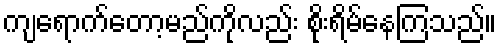
ကျရောက်တော့မည်ကိုလည်း စိုးရိမ်နေကြသည်။